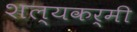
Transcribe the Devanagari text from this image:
शल्यकर्मी